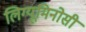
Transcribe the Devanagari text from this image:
लिग्यूमिनोसी